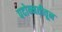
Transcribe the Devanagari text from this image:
पदोन्नतीतून